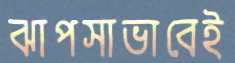
ঝাপসাভাবেই